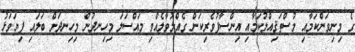
ގެ މިނިވަންކަމާއި މުސްތަޤިއްލުކަމާއި އިންސާފުވެރިކަން ގެއްލުވާލެއްވި މައްސަލަ މިހިނދުން މިހިނދަށް ބަލައި ފިޔަވަޅު